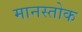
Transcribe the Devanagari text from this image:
मानस्तोक